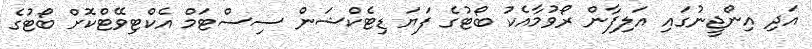
އަދި އިންޖީނުގައި އަލިފާން ރޯވުމާއެކު ބޯޓުގެ ފަޔަ ޑިޓެކްޝަން ސިސްޓަމް އެކްޓިވޭޓްކޮށް ބޯޓުގެ